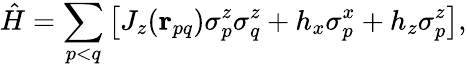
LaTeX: \hat{H}=\sum_{p<q}\left[J_{z}(\mathbf{r}_{pq})\sigma_{p}^{z}\sigma_{q}^{z}+h_{x}\sigma_{p}^{x}+h_{z}\sigma_{p}^{z}\right],